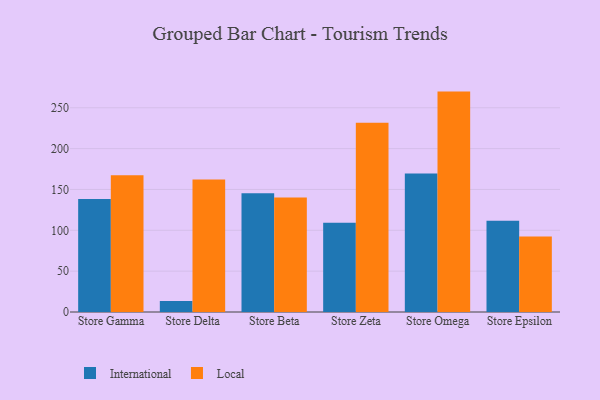
{"axis": {"x": "Store", "y": "Net Income (USD K)"}, "legend": ["International", "Local"], "data": [{"x": "Store Gamma", "y": 138.4, "type": "International"}, {"x": "Store Gamma", "y": 167.4, "type": "Local"}, {"x": "Store Delta", "y": 13.5, "type": "International"}, {"x": "Store Delta", "y": 162.3, "type": "Local"}, {"x": "Store Beta", "y": 145.5, "type": "International"}, {"x": "Store Beta", "y": 140.2, "type": "Local"}, {"x": "Store Zeta", "y": 109.4, "type": "International"}, {"x": "Store Zeta", "y": 231.6, "type": "Local"}, {"x": "Store Omega", "y": 169.6, "type": "International"}, {"x": "Store Omega", "y": 269.8, "type": "Local"}, {"x": "Store Epsilon", "y": 111.8, "type": "International"}, {"x": "Store Epsilon", "y": 92.3, "type": "Local"}]}